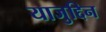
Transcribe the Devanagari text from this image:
याजुद्दिन